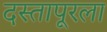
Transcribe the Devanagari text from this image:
दस्तापूरला